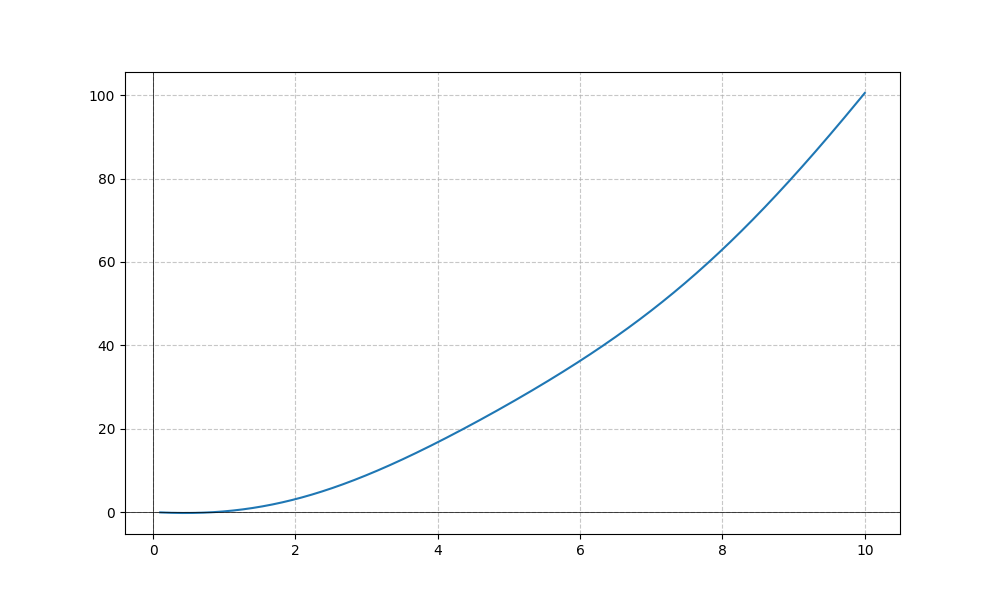
LaTeX formula: x^{2} - \sin{\left(x \right)}